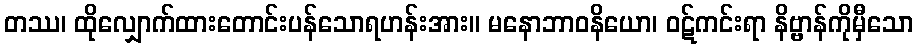
တဿ၊ ထိုလျှောက်ထားတောင်းပန်သောရဟန်းအား။ မနောဘာဝနိယော၊ ဝဋ်ကင်းရာ နိဗ္ဗာန်ကိုမှီသော